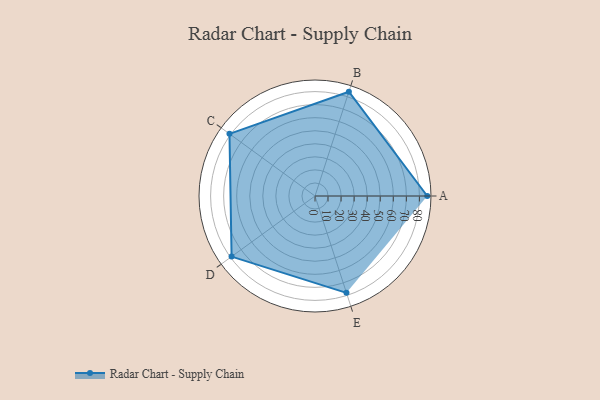
{"axis": {"x": "Skill", "y": "Score"}, "legend": ["Profile"], "data": [{"x": "A", "y": 86.0, "type": "Profile"}, {"x": "B", "y": 84.0, "type": "Profile"}, {"x": "C", "y": 81.0, "type": "Profile"}, {"x": "D", "y": 79.0, "type": "Profile"}, {"x": "E", "y": 78.0, "type": "Profile"}]}